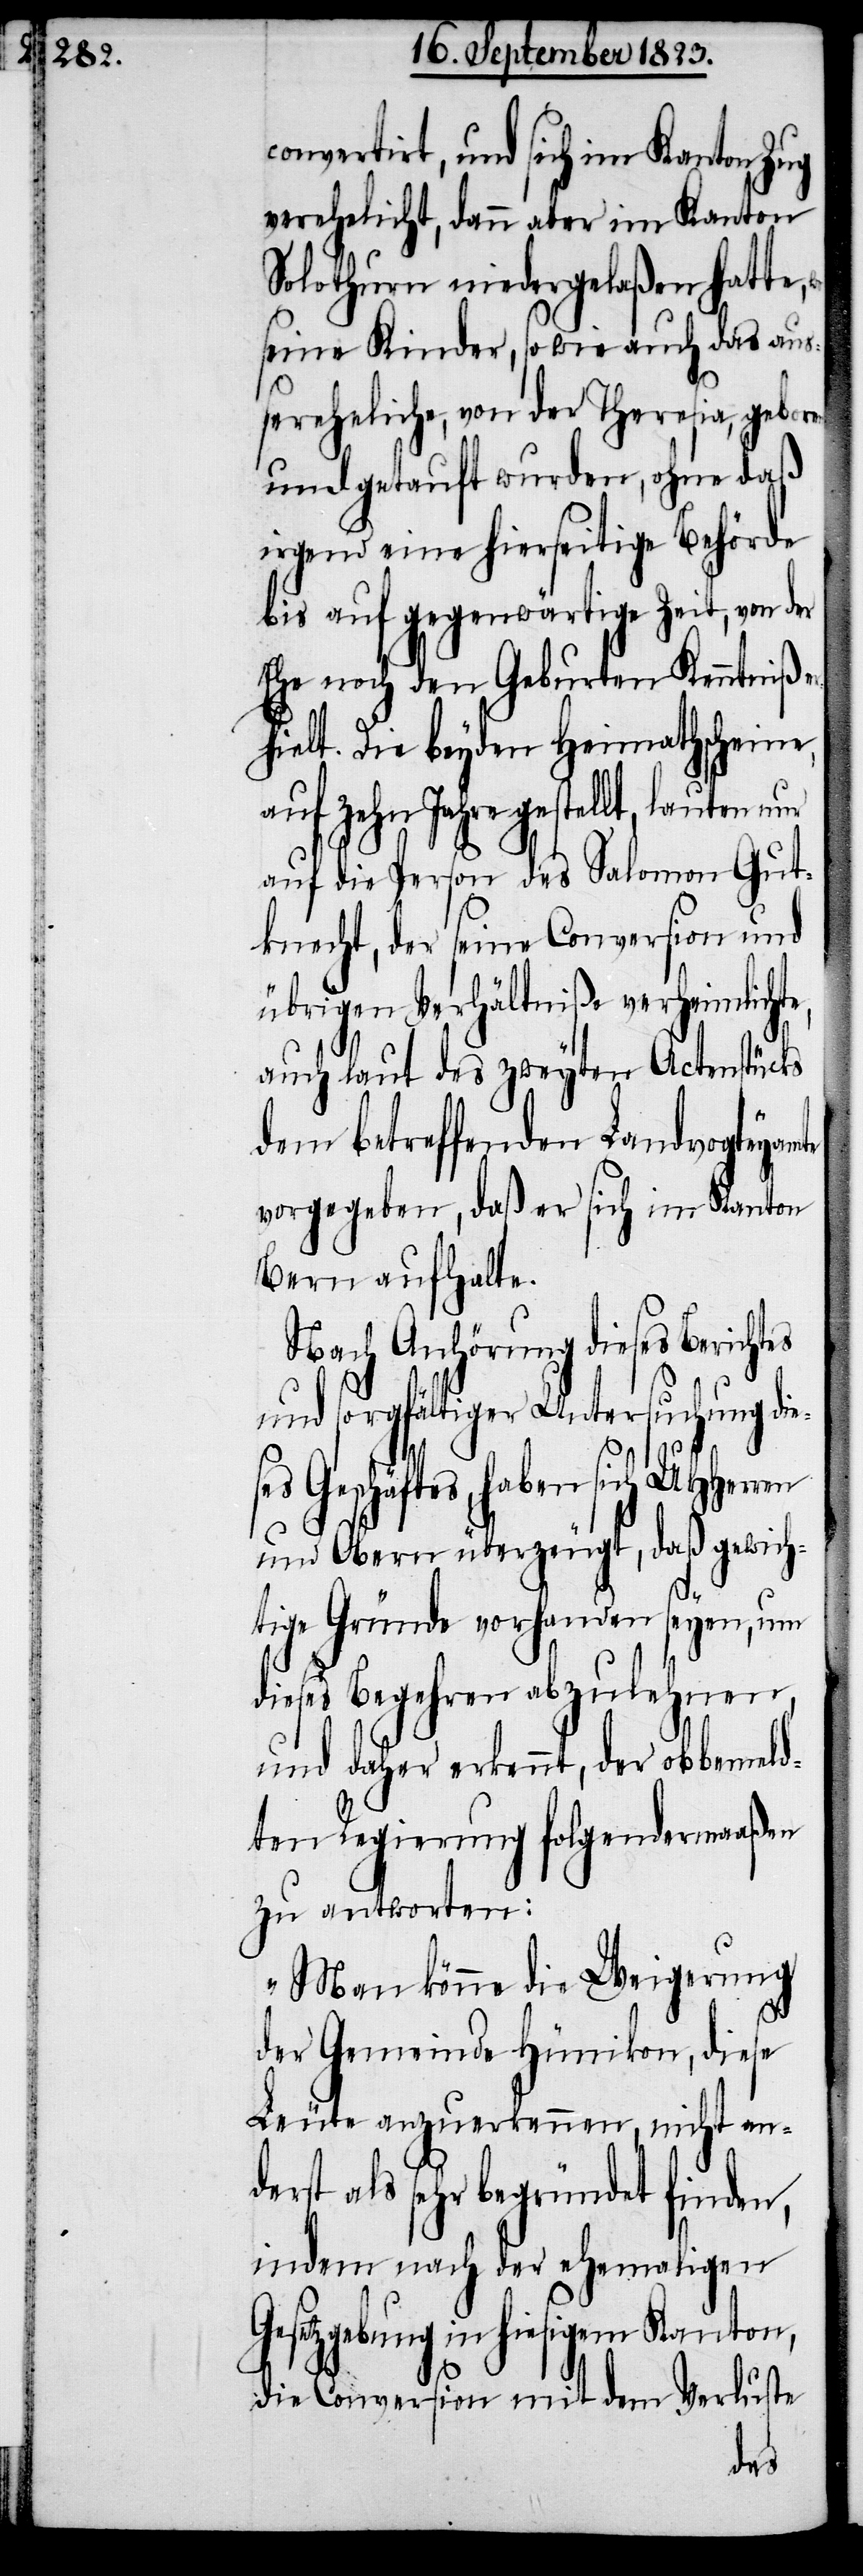
convertirt, und sich im Kanton Zug
verehelicht, dann aber im Kanton
Solothurn niedergelaßen hatte,
seine Kinder, sowie auch das auß¬
ereheliche, von der Theresia, geboren
und getauft wurden, ohne daß
irgend eine hierseitige Behörde
bis auf gegenwärtige Zeit, von der
Ehe noch den Geburten Kenntniß e¬
rhielt. Die beyden Heimathscheine,
auf zehn Jahre gestellt, lauten
auf die Person des Salomon Gut¬
knecht, der seine Conversion und
übrigen Verhältniße verheimlicht¬
auch laut des zweyten Actenstücks
dem betreffenden Landvogteyamte
vorgegeben, daß er sich im Kanton
Bern aufhalte.
Nach Anhörung dieses Berichtes
und sorgfältiger Untersuchung die¬
Geschäftes, haben
und Obern überzeugt, daß gewich¬
tige Gründe vorhanden seyen, um
dieses Begehren abzulehnen,
und daher erkennt, der obbemel¬
dten Regierung folgendermaaßen
zu antworten:
„Man könne die Weigerung
der Gemeinde Hünikon, diese
Leute anzuerkennen, nicht and¬
erst als sehr begründet finden,
indem nach der ehemaligen
Gesetzgebung in hiesigem Kanton,
die Conversion mit dem Verluste
ses